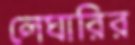
লেঘারির